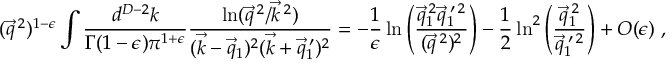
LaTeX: n _ { \nu } ( x ) = \frac { M _ { \odot } } { m _ { \nu } R _ { 0 } ^ { 3 } } \frac { 3 } { 8 \pi } \beta ^ { - 3 / 2 } I _ { \frac { 1 } { 2 } } \left( \beta \frac { v } { x } \right) ,